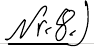
Nr.8.)